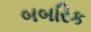
બબરિક